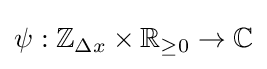
\psi :\mathbb {Z} _{\Delta x}\times \mathbb {R} _{\geq 0}\to \mathbb {C}